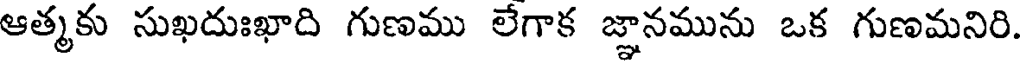
ఆత్మకు సుఖదుఃఖాది గుణము లేగాక జ్ఞానమును ఒక గుణమనిరి.